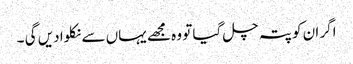
اگر ان کو پتہ چل گیا تو وہ مجھے یہاں سے نکلوا دیں گی ۔